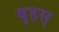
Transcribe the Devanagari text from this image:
बृहस्